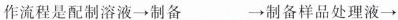
作流程是配制溶液→制备___→制备样品处理液→